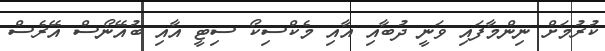
ކުރުމަށް ނިންމާފައި ވަނީ ދުބާއި އާއި މެކްސިކޯ ސިޓީ އާއި ބުއޭނޯސް އޭރެސް